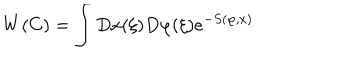
W ( C ) = \int D x ( \xi ) D \varphi ( \xi ) e ^ { - S ( \varphi , x ) }